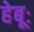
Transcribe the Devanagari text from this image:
हेबूः